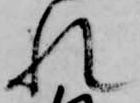
れ